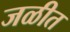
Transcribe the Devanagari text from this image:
जळीत